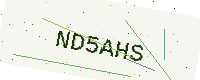
Text: ND5AHS